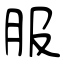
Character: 服